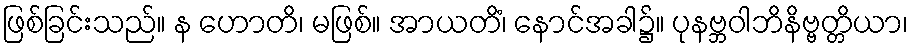
ဖြစ်ခြင်းသည်။ န ဟောတိ၊ မဖြစ်။ အာယတိံ၊ နောင်အခါ၌။ ပုနဗ္ဘဝါဘိနိဗ္ဗတ္တိယာ၊